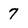
Character: 7